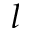
l